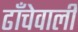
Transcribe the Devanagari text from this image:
ढाँचेवाली